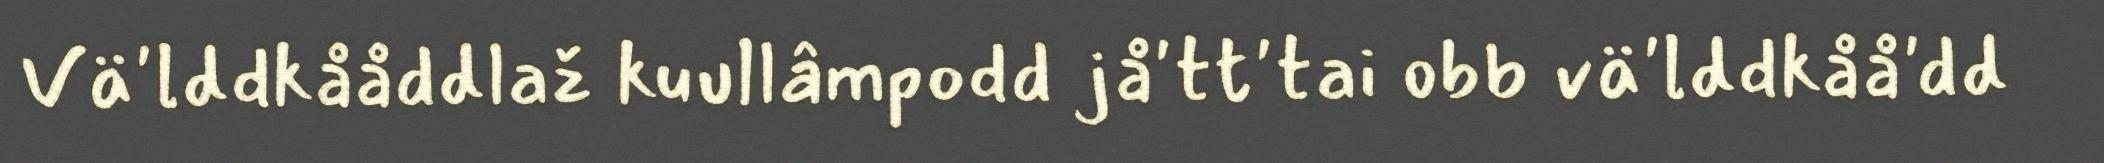
Vä'lddkååddlaž kuullâmpodd jå'tt'tai obb vä'lddkåå'dd